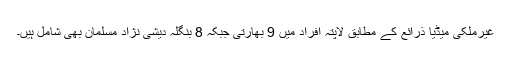
غیرملکی میڈیا ذرائع کے مطابق لاپتہ افراد میں 9 بھارتی جبکہ 8 بنگلہ دیشی نژاد مسلمان بھی شامل ہیں۔